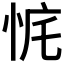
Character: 𰑛